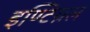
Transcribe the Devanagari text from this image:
इण्टिग्रल